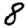
Digit: 8